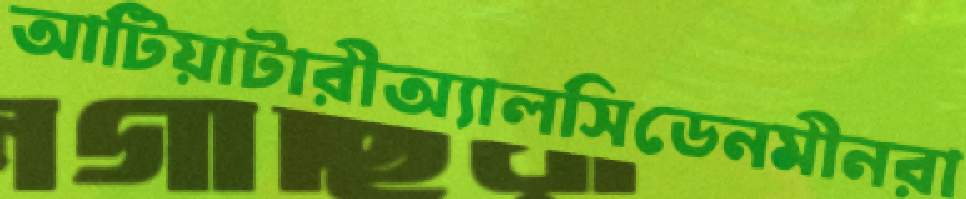
আটিয়াটারীঅ্যালসিডেনমীনরা